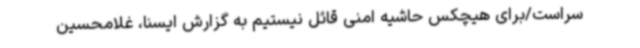
سراست/برای هیچکس حاشیه امنی قائل نیستیم به گزارش ایسنا، غلامحسین